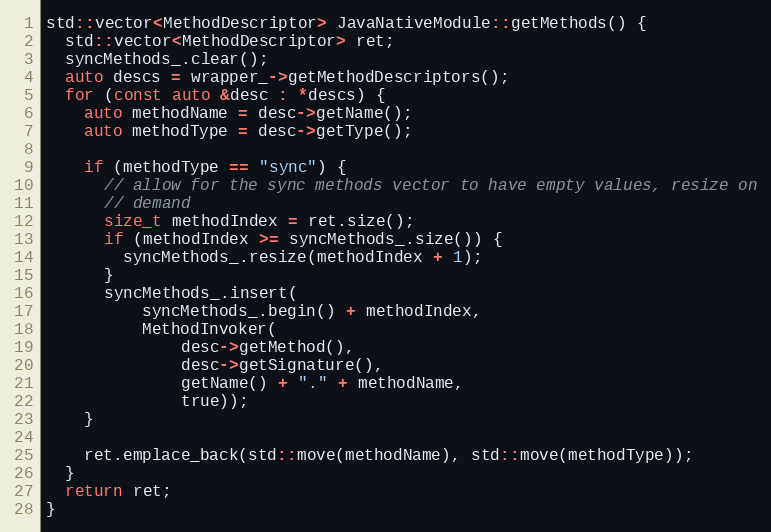
Language: C++
std::vector<MethodDescriptor> JavaNativeModule::getMethods() {
  std::vector<MethodDescriptor> ret;
  syncMethods_.clear();
  auto descs = wrapper_->getMethodDescriptors();
  for (const auto &desc : *descs) {
    auto methodName = desc->getName();
    auto methodType = desc->getType();

    if (methodType == "sync") {
      // allow for the sync methods vector to have empty values, resize on
      // demand
      size_t methodIndex = ret.size();
      if (methodIndex >= syncMethods_.size()) {
        syncMethods_.resize(methodIndex + 1);
      }
      syncMethods_.insert(
          syncMethods_.begin() + methodIndex,
          MethodInvoker(
              desc->getMethod(),
              desc->getSignature(),
              getName() + "." + methodName,
              true));
    }

    ret.emplace_back(std::move(methodName), std::move(methodType));
  }
  return ret;
}